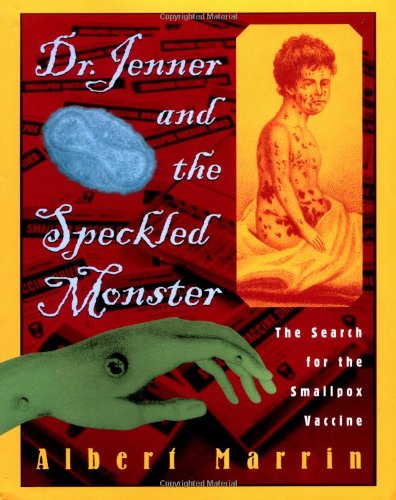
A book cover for Dr. Jenner and the Speckled Monster: The Discovery of the Smallpox Vaccine; Albert Marrin; Children's Books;